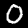
Label: 0